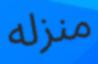
منزله